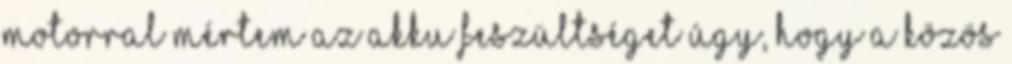
motorral mértem az akku feszültséget úgy, hogy a közös